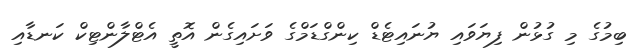
ބިމުގެ މި ގުޅުން ފިޔަވައި ޔުނައިިޓެޑް ކިންގްޑަމްގެ ވަށައިގެން އޮތީ އެޓްލާންޓިކް ކަނޑާއި